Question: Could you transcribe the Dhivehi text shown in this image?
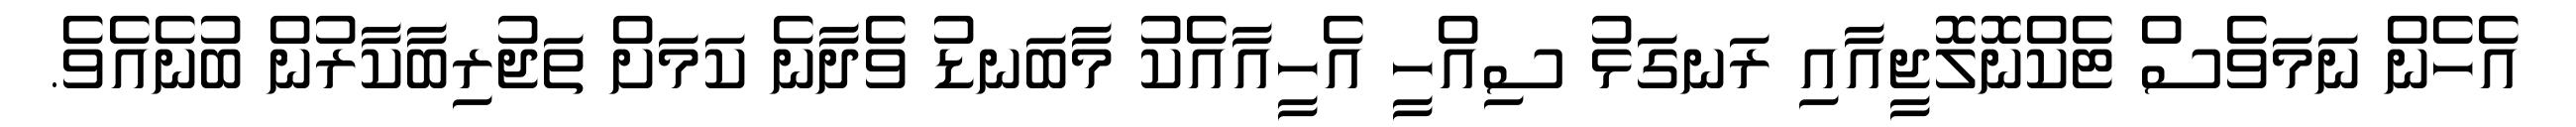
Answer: އެހެން ނަމަވެސް ޓެކްނޮލޮޖީއާއި ރަނގަޅު ސިއްހީ އެހީއާއެކު މާބަނޑު ވެދާނެ ކަމަށް ތަޖުރިބާކާރުން ބުނެއެވެ.